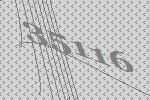
35116